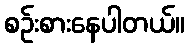
စဉ်းစားနေပါတယ်။